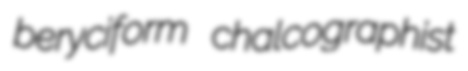
beryciform chalcographist